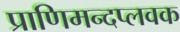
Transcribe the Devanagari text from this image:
प्राणिमन्दप्लवक